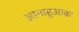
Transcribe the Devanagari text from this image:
आनाहुआक